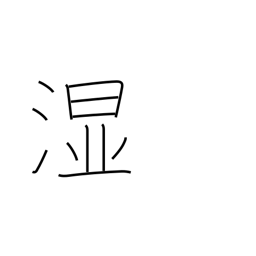
Meaning: wet